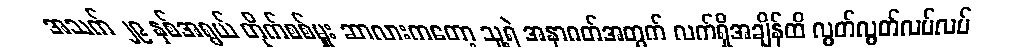
အသက် ၂၉ နှစ်အရွယ် တိုက်စစ်မှူး ဆာလားကတော့ သူ့ရဲ အနာဂတ်အတွက် လက်ရှိအချိန်ထိ လွတ်လွတ်လပ်လပ်